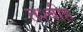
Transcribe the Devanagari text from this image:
तश्बीह